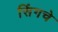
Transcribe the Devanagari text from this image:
सिंगचे